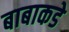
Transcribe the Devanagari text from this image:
बाबाकडे